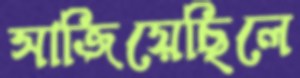
সাজিয়েছিলে